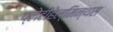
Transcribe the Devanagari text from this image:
प्लेटीहेल्मिन्थस